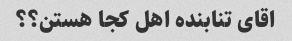
اقای تنابنده اهل کجا هستن؟؟